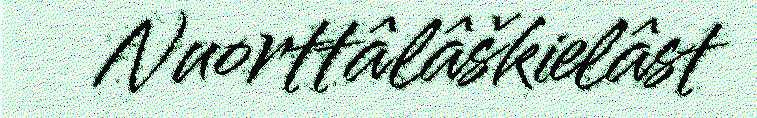
Nuorttâlâškielâst